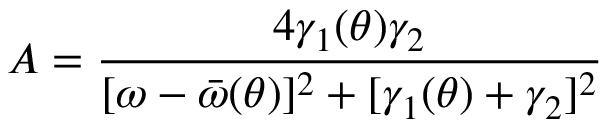
A = \frac { 4 \gamma _ { 1 } ( \theta ) \gamma _ { 2 } } { [ \omega - \bar { \omega } ( \theta ) ] ^ { 2 } + [ \gamma _ { 1 } ( \theta ) + \gamma _ { 2 } ] ^ { 2 } }